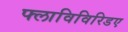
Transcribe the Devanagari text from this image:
फ्लाविविरिडए